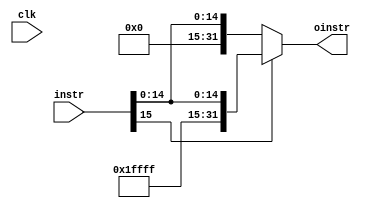
`timescale 1ns / 1ps
//////////////////////////////////////////////////////////////////////////////////
// Company: 
// Engineer: 
// 
// Design Name: 
// Module Name: extencion_signo
// Project Name: 
// Target Devices: 
// Tool Versions: 
// Description: 
// 
// Dependencies: 
// 
// Revision:
// Revision 0.01 - File Created
// Additional Comments:
// 
//////////////////////////////////////////////////////////////////////////////////


module extension_signo(clk,instr,oinstr);

    input [15:0] instr;
    input clk;
    output reg [31:0] oinstr;
always @(*)
begin
 oinstr = instr[15] ? ({16'b1111111111111111,instr[15:0]}) :  ({16'b0000000000000000,instr[15:0]});  
    end
    
endmodule